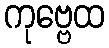
ကုဗ္ဗေထ